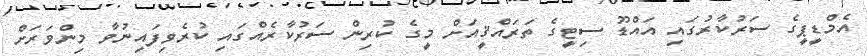
އެމްޑީޕީގެ ސަރުކާރުގައި އައްޑޫ ސިޓީގެ ތަރައްޤީއަށް މީގެ ކުރިން ސަރުކާރެއްގައި ކުރެވިފައިނުވާ މިންވަރަށް